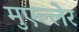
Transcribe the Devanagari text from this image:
मुएल्लेर